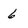
Character: 6